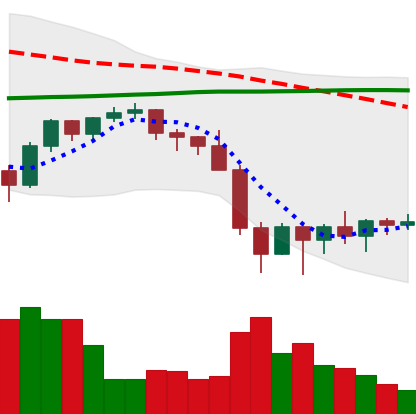
Ticker: BNB-USD
Chart end date: 2022-01-29
Forward return: -4.691%
Label: down_3_5